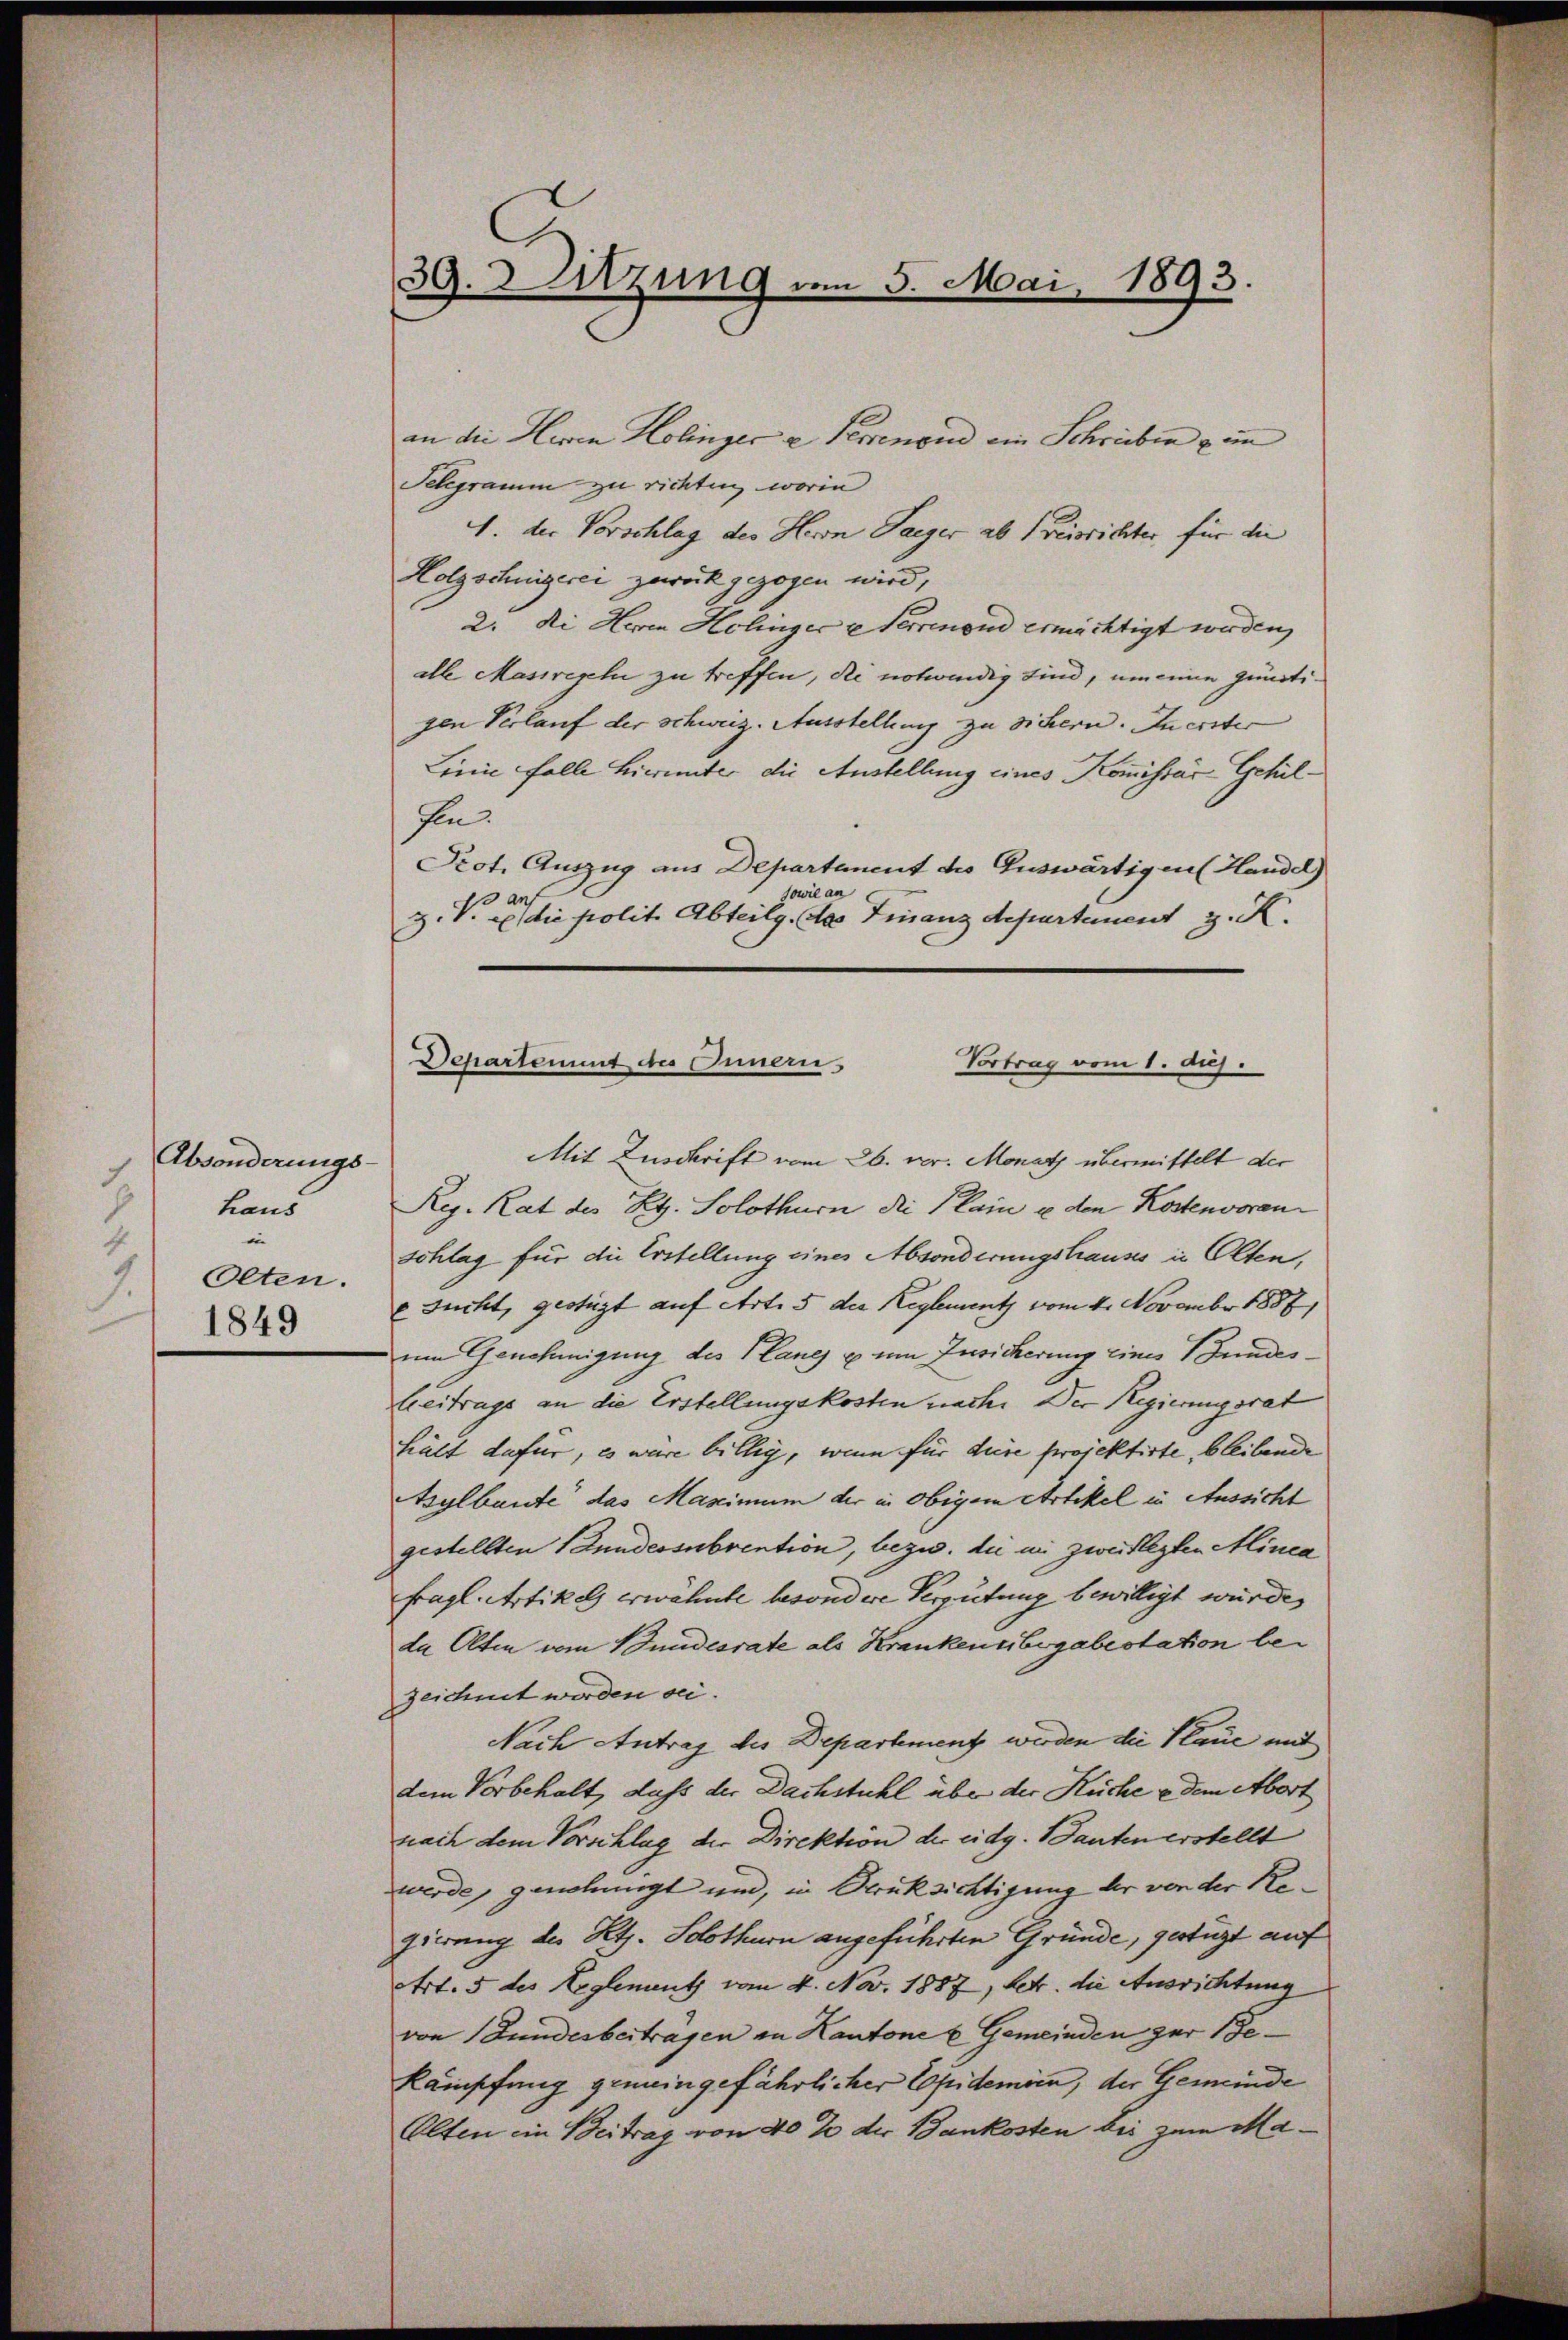
Absonderungs-
1
haus
h
Olten.
1849

30. Sitzung am 5. Mai 1893.

an die Heren Holinger a Serenand ein Schrieben un
Schgramm zu richten, worin
1. der Vorschlag des Herrn Saeger ab freisrichter, für die
Holzschnigerei zurückgezogen wird,
2. di Herrn Holinger u Ferrenond ermächtigt werden,
alle Massregel zu treffen, die notwendig sind, um eine günstigen Verlauf der schweiz. Ausstellung zu sichern. Inerster
Leine Falle hinunter die Anstellung eines Kommissär Gehilfen.
Prot. Auszug aus Departanent des Auswärtigen (Handel)
owie an
Z. V. die polit. Abteilg. des Finanzdepartement J. K.
Mit Zuschrift vom 26. vor. Monatz übermittelt der
Reg. Rat des Reg. Solothurn die Plain u den Kostenvoran
Schlag für die Erstellung eines Absönderungshauses in Olten,
e sucht, gestigt auf Art. 5 der Reglement vom 4. November 1887
um Genehmigung des Planes u um Zusicherung eines Bundesbeitrage an die Erstellungskosten nach. Der Regierungsrat
Hält dafür, es wäre billig, wenn für diese projektirte, bleibende
Asylbaute das Mascimum der in obigem Artikel in Aussicht
gestellten Stundessubvention, bezw. die in zweiflegten Alinen
fragl. Artikels erwähnte besondere Vergütung bewilligt wurde,
da Olten vom Bundesrate als Krankensibegabestation bezeichnet worden sei.
Nach Antrag des Departement werden die Klaue mit
dem Vorbehalt, daß der Dachstuhl über der Küche e dem Abort
nach dem Vorschlug der Direktion der eidg. Bauten erstellt
werde, genehmigt und, in Brücksichtigung der von der Regierung des Retz. Solothurn angeführten Gründe, gestigt auf
Art. 5 des Reglement vom 4. Nov. 1887, betr. die Ausrichtung
von Bundesbeitragen in Kantone u Gemeinden zur Bekämpfung gemeingefährlicher Copidemien, der Gemeinde
Alten in Beitrag von 40 % der Bankosten bei zum Ma¬

Departement des Innern,
Vortrag vom 1. Aug.